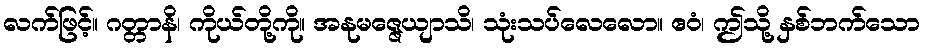
လက်ဖြင့်။ ဂတ္တာနိ၊ ကိုယ်တို့ကို။ အနုမဇ္ဇေယျာသိ၊ သုံးသပ်လေလော။ ဧဝံ၊ ဤသို့ နှစ်ဘက်သော